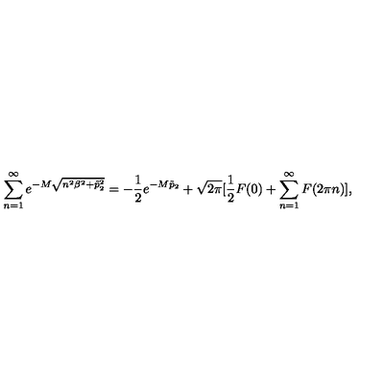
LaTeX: \sum _ { n = 1 } ^ { \infty } e ^ { - M \sqrt { n ^ { 2 } \beta ^ { 2 } + \tilde { p } _ { 2 } ^ { 2 } } } = - \frac { 1 } { 2 } e ^ { - M \tilde { p } _ { 2 } } + \sqrt { 2 \pi } [ \frac { 1 } { 2 } F ( 0 ) + \sum _ { n = 1 } ^ { \infty } F ( 2 \pi n ) ] ,